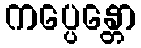
ကပ္ပေန္တော